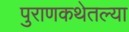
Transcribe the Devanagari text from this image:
पुराणकथेतल्या